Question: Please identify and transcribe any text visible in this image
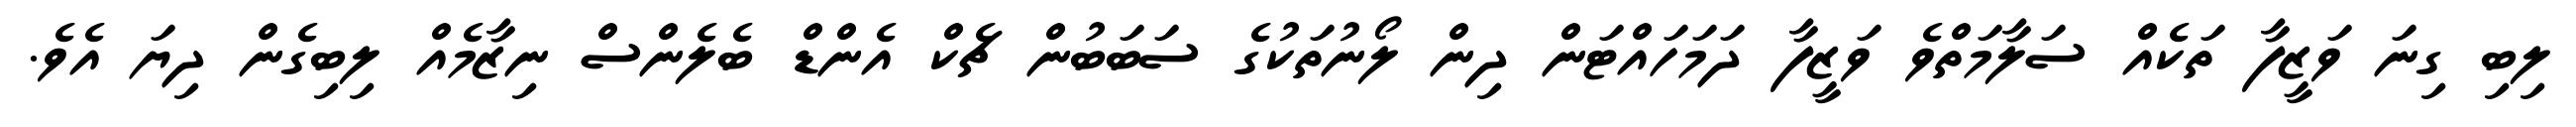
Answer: ލިބި ގިނަ ވަޒީފާ ތަކެއް ސަލާމަތްވެ ވަޒީފާ ދަމަހައްޓަން ދިން ލޯނުތަކުގެ ސަބަބުން ޗެކް އެންޑް ބެލެންސް ނިޒާމެއް ލިބިގެން ދިޔަ އެވެ.